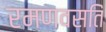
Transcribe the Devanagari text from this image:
रमणवसतिं